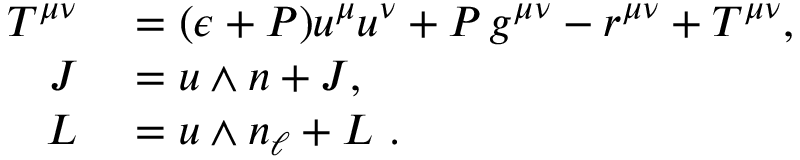
\begin{array} { r l } { T ^ { \mu \nu } } & { { } = ( \epsilon + P ) u ^ { \mu } u ^ { \nu } + P \, g ^ { \mu \nu } - r ^ { \mu \nu } + { \cal T } ^ { \mu \nu } , } \\ { J } & { { } = u \wedge n + { \cal J } , } \\ { L } & { { } = u \wedge n _ { \ell } + { \cal L } ~ . } \end{array}